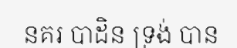
នគរ បាដិន ទ្រង់ បាន